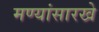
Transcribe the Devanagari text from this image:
मण्यांसारखे